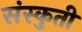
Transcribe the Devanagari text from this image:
संस्कुती